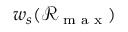
w _ { s } ( \mathcal { R } _ { \textrm { m a x } } )